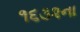
૧૬૩૨ના